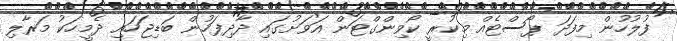
ފުލުހުން މިފަދަ ޕޯސްޓެއް މިކުރީ ކޯވިންގްޓަން އަވަށުގައި ދާދިފަހުން ބަޑިޖަހައި ދެމީހަކު މަރާލި